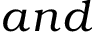
a n d